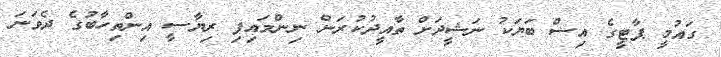
ގައުމީ ޕާޓީގެ އިސް ބަޔަކު ނަޝީދަށް ތާއީދުކުރަން ނިންމައިފި ރިޔާސީ އިންތިހާބުގެ ދެވަނަ